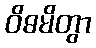
ဝိဓမိတွာ